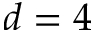
d = 4